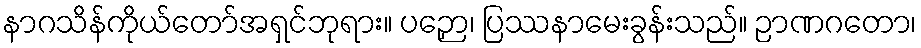
နာဂသိန်ကိုယ်တော်အရှင်ဘုရား။ ပဉှော၊ ပြဿနာမေးခွန်းသည်။ ဉာဏဂတော၊